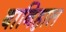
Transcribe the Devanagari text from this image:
बानिहाल